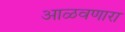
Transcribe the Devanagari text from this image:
आळवणारा